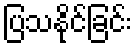
ပြသနိုင်ခြင်း